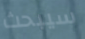
سيبحث